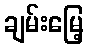
ချမ်းမြေ့